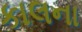
કાલના